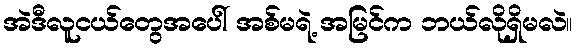
အဲဒီလူငယ်တွေအပေါ် အစ်မရဲ့ အမြင်က ဘယ်လိုရှိမလဲ။